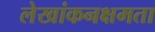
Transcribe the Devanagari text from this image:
लेखांकनक्षमता